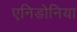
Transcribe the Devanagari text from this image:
एनिडोनिया